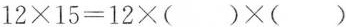
$$1 2 \times 1 5 = 1 2 \times( ) \times ( ) $$